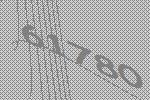
61780